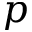
p